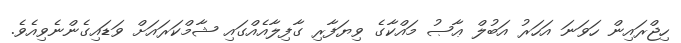
ހިޖްރައިން ހަވަނަ އަހަރު އަބުލް ޢާޞު މައްކާގެ ވިޔަފާރި ގާފިލާއެއްގައި ޝާމްކަރައަށް ވަޑައިގެންނެވިއެވެ.